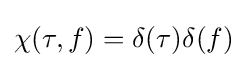
\chi (\tau ,f)=\delta (\tau )\delta (f)